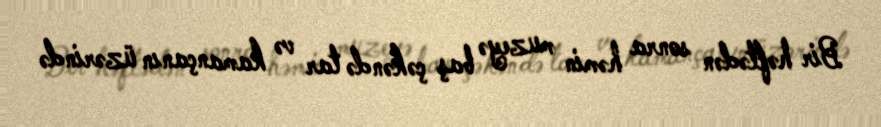
Bir həftədən sonra həmin muzeyə baş çəkəndə tar və kamançanın üzərində